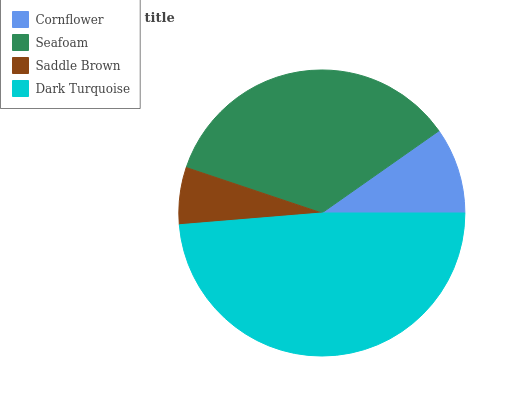
| Cornflower | Seafoam | Saddle Brown | Dark Turquoise |
 | --- | --- | --- | --- |
 | 9.73% | 35.2% | 6.44% | 48.7% |